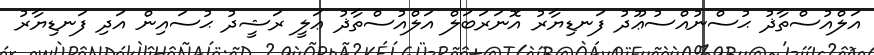
އަލްއުސްތާޛު ޙުސްނުއްސުޢޫދު ފަނޑިޔާރު އޮނަރަބަލް އަލްއުސްތާޛު ޢަލީ ރަޝީދު ޙުސައިން އަދި ފަނޑިޔާރު